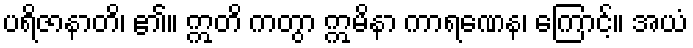
ပရိဇာနာတိ၊ ၏။ ဣတိ ကတွာ ဣမိနာ ကာရဏေန၊ ကြောင့်။ အယံ